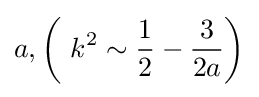
a,\left(\ k^{2}\sim {\frac {1}{2}}-{\frac {3}{2a}}\right)